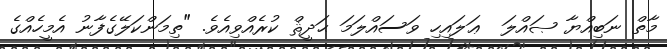
މާތް ނަބިއްޔާ ޞައްލަ  ޢަލައިހި ވަސައްލަމަ ޙަދީޘް ކުރެއްވިއެވެ. "ތިމަންކަލޭގެފާނު އެމީހެއްގެ